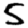
Digit: 5